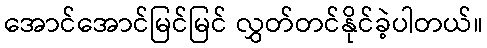
အောင်အောင်မြင်မြင် လွှတ်တင်နိုင်ခဲ့ပါတယ်။